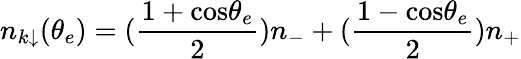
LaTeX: n_{k\downarrow}(\theta_{e})=({\frac{1+\mathrm{cos}\theta_{e}}{2}})n_{-}+({\frac{1-\mathrm{cos}\theta_{e}}{2}})n_{+}